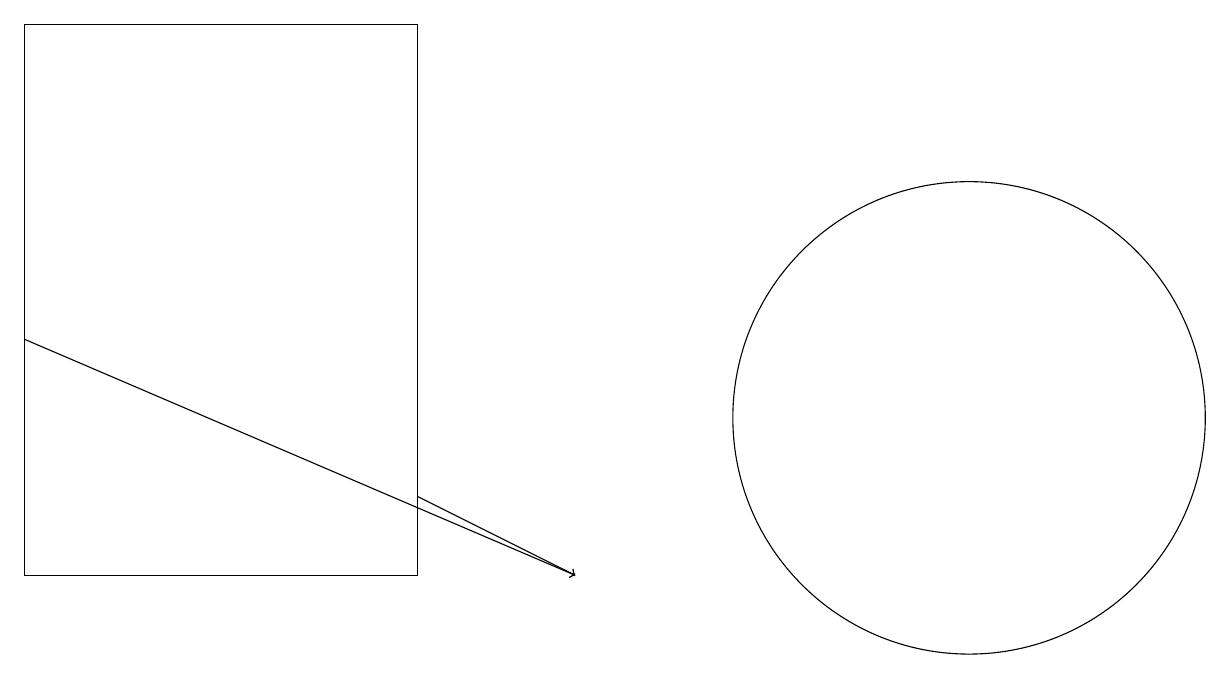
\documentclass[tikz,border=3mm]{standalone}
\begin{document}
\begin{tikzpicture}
\draw (0,17) rectangle (5,10);
\draw[->] (0,13) -- (7,10);
\draw (12,12) circle (3);
\draw[->] (5,11) -- (7,10);
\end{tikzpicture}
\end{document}